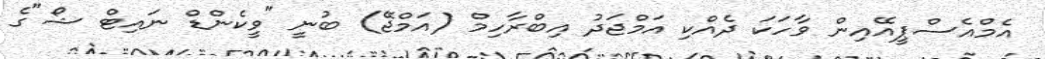
އެމްއެސްޕީއޭއިން ވާހަކަ ދެއްކި އަމްޖަދު އިބްރާހިމް (އަމްޖޭ) ބުނީ "ވީކެންޑް ނައިޓް ޝޯ"ގެ